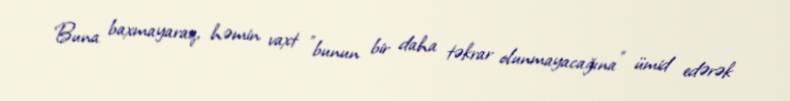
Buna baxmayaraq, həmin vaxt "bunun bir daha təkrar olunmayacağına" ümid edərək